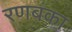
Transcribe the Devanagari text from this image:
रणबंका